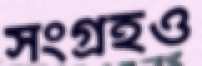
সংগ্রহও